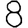
Digit: 8